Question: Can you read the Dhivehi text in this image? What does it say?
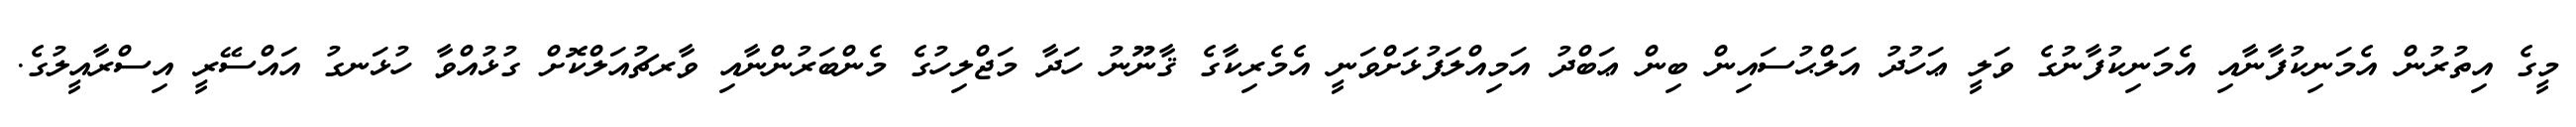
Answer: މީގެ އިތުރުން އެމަނިކުފާނާއި އެމަނިކުފާނުގެ ވަލީ ޢަހުދު އަލްޙުސައިން ބިން ޢަބްދު އަމިއްލަފުޅަށްވަނީ އެމެރިކާގެ ޤާނޫނު ހަދާ މަޖްލިހުގެ މެންބަރުންނާއި ވާރޗުއަލްކޮށް ގުޅުއްވާ ހުޅަނގު އައްސޭރީ އިސްރާއީލުގެ.